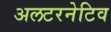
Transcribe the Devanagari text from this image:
अलटरनेटिव